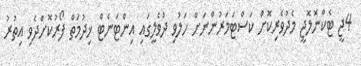
4ޖީ ޓެކްނޮލޮޖީ މެދުވެރިކޮށް ކަސްޓަމަރުންނަށް ހަލުވި ދުވެލީގައި އިންޓަނެޓް ޚިދުމަތް ފޯރުކޮށްދެވި އިތުރު